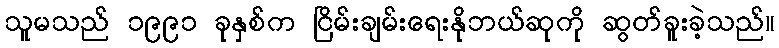
သူမသည် ၁၉၉၁ ခုနှစ်က ငြိမ်းချမ်းရေးနိုဘယ်ဆုကို ဆွတ်ခူးခဲ့သည်။